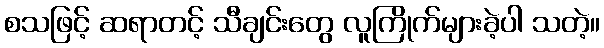
စသဖြင့် ဆရာတင့် သီချင်းတွေ လူကြိုက်များခဲ့ပါ သတဲ့။